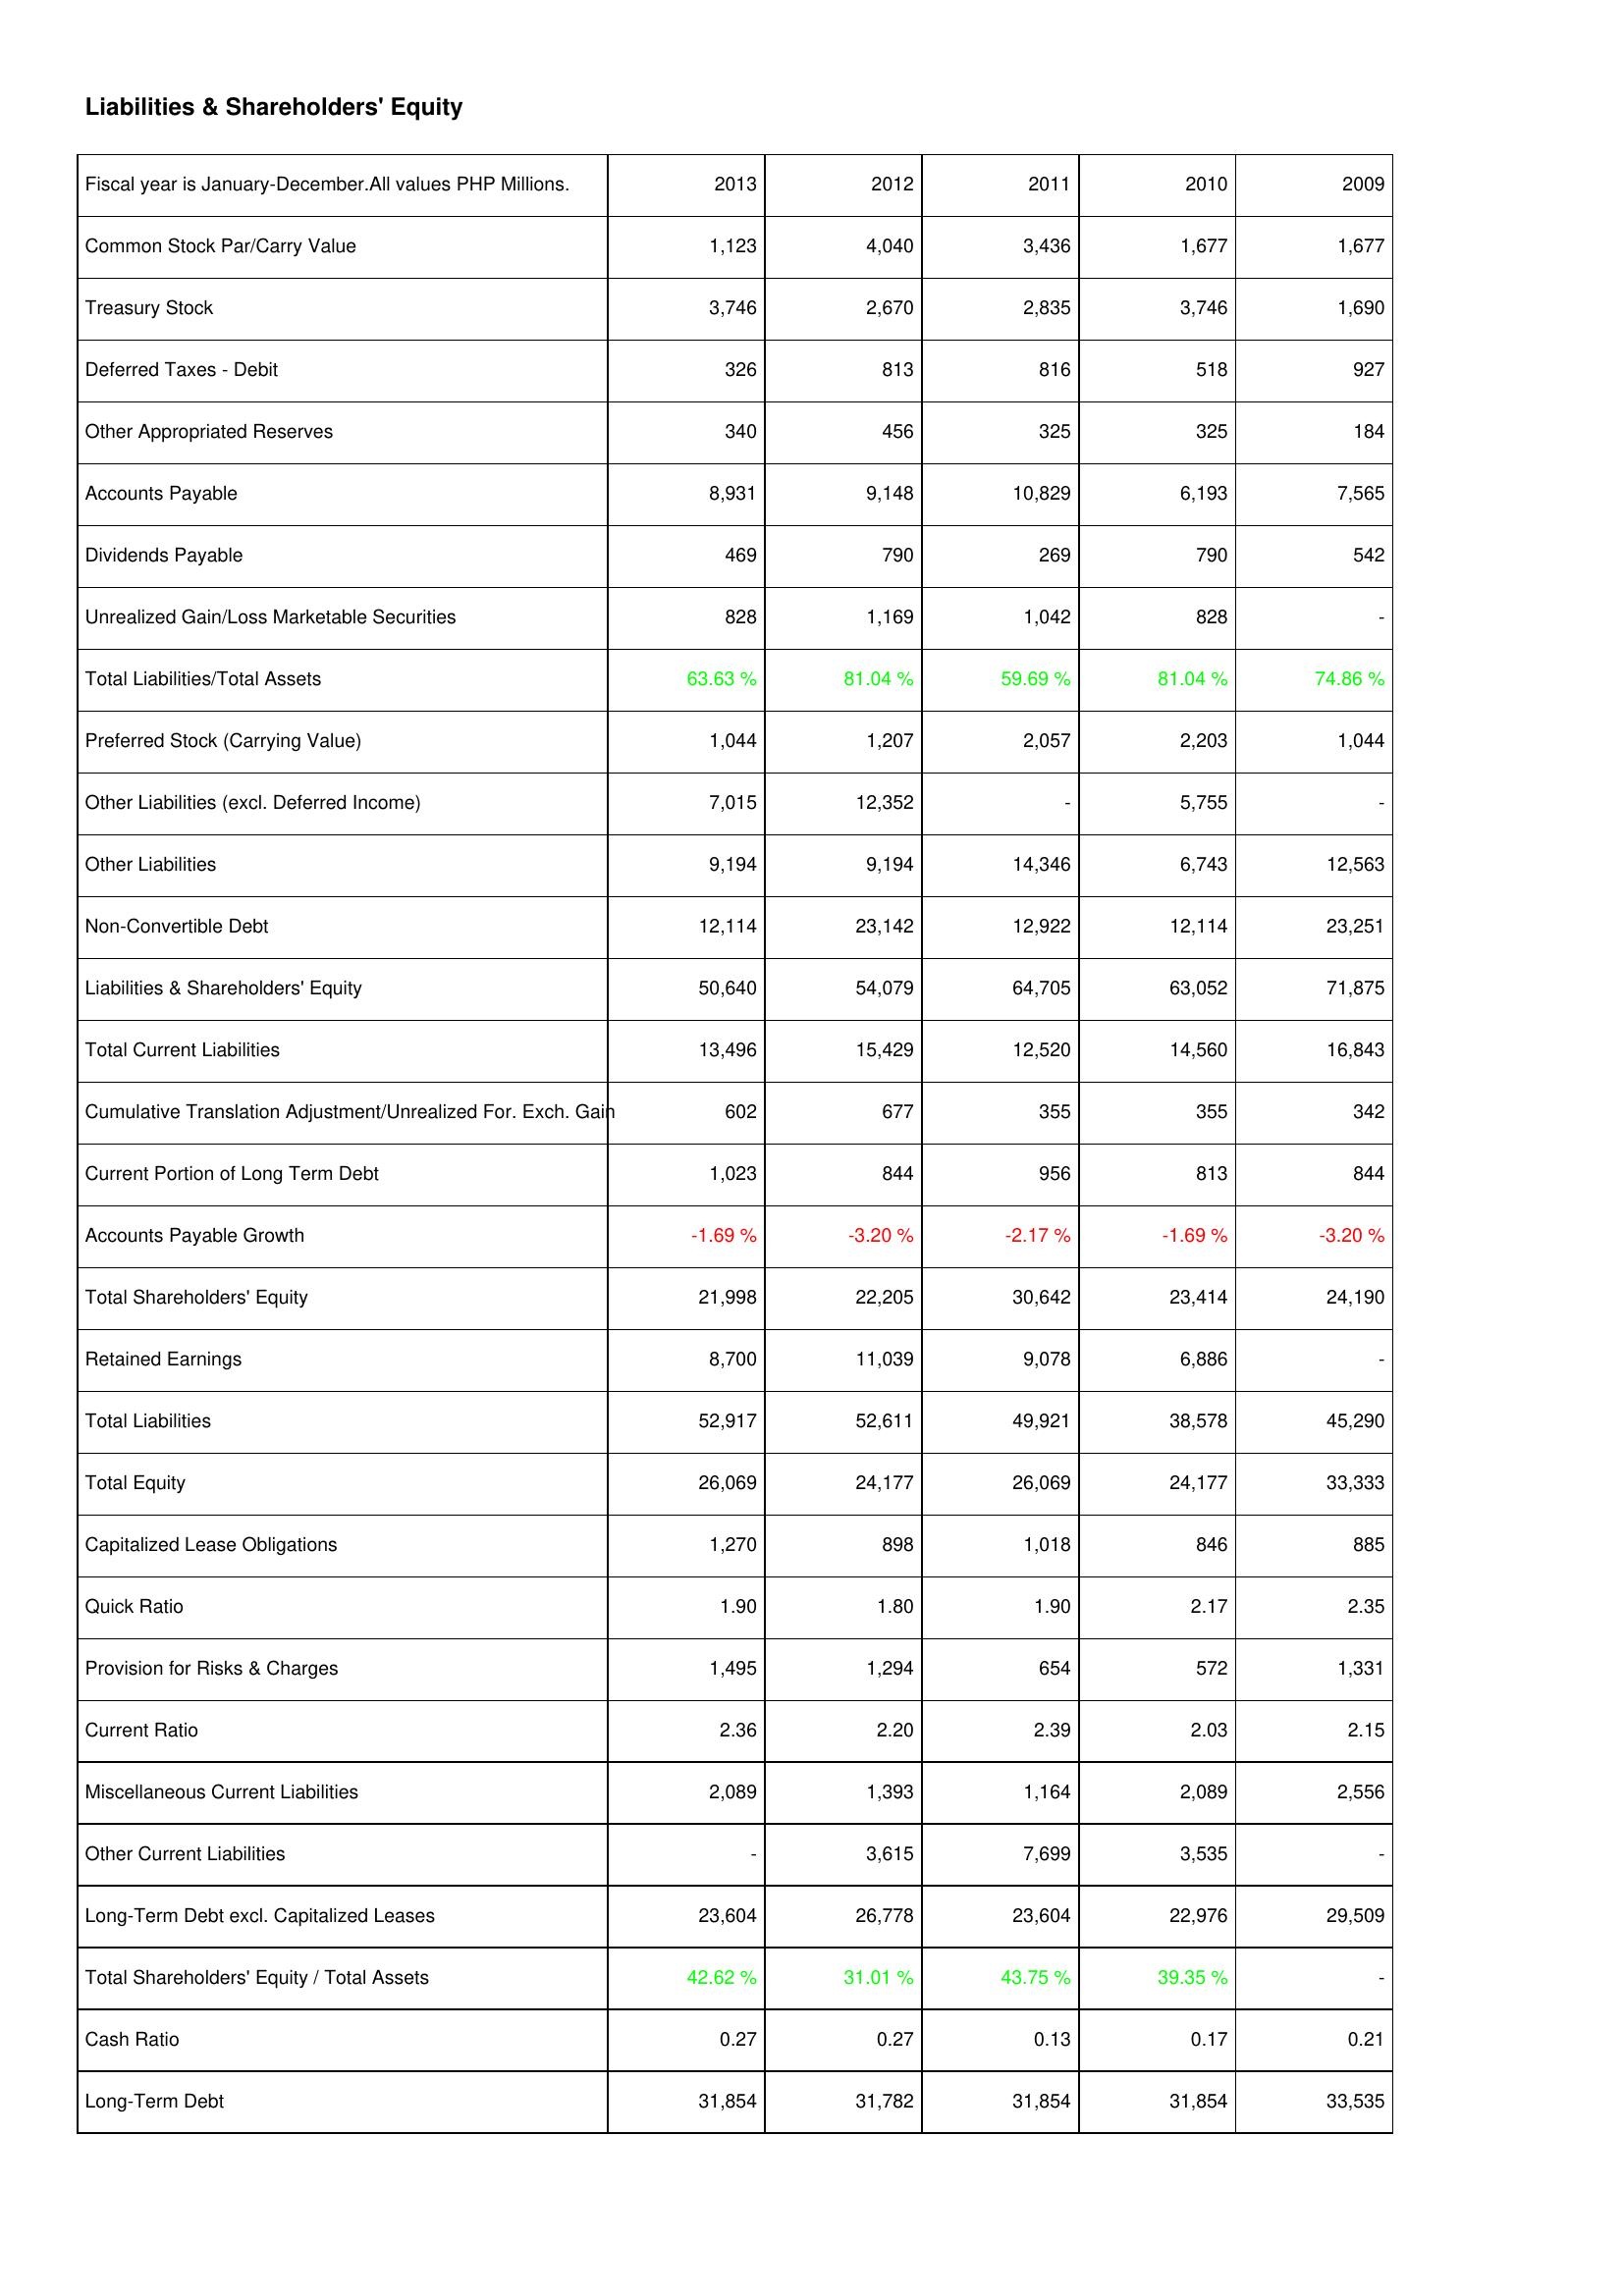
2013: Liabilities & Shareholders' Equity: Common Stock Par/Carry Value: 1,123
Treasury Stock: 3,746
Deferred Taxes - Debit: 326
Other Appropriated Reserves: 340
Accounts Payable: 8,931
Dividends Payable: 469
Unrealized Gain/Loss Marketable Securities: 828
Total Liabilities/Total Assets: 63.63 %
Preferred Stock (Carrying Value): 1,044
Other Liabilities (excl. Deferred Income): 7,015
Other Liabilities: 9,194
Non-Convertible Debt: 12,114
Liabilities & Shareholders' Equity: 50,640
Total Current Liabilities: 13,496
Cumulative Translation Adjustment/Unrealized For. Exch. Gain: 602
Current Portion of Long Term Debt: 1,023
Accounts Payable Growth: -1.69 %
Total Shareholders' Equity: 21,998
Retained Earnings: 8,700
Total Liabilities: 52,917
Total Equity: 26,069
Capitalized Lease Obligations: 1,270
Quick Ratio: 1.90
Provision for Risks & Charges: 1,495
Current Ratio: 2.36
Miscellaneous Current Liabilities: 2,089
Other Current Liabilities: -
Long-Term Debt excl. Capitalized Leases: 23,604
Total Shareholders' Equity / Total Assets: 42.62 %
Cash Ratio: 0.27
Long-Term Debt: 31,854
2012: Liabilities & Shareholders' Equity: Common Stock Par/Carry Value: 4,040
Treasury Stock: 2,670
Deferred Taxes - Debit: 813
Other Appropriated Reserves: 456
Accounts Payable: 9,148
Dividends Payable: 790
Unrealized Gain/Loss Marketable Securities: 1,169
Total Liabilities/Total Assets: 81.04 %
Preferred Stock (Carrying Value): 1,207
Other Liabilities (excl. Deferred Income): 12,352
Other Liabilities: 9,194
Non-Convertible Debt: 23,142
Liabilities & Shareholders' Equity: 54,079
Total Current Liabilities: 15,429
Cumulative Translation Adjustment/Unrealized For. Exch. Gain: 677
Current Portion of Long Term Debt: 844
Accounts Payable Growth: -3.20 %
Total Shareholders' Equity: 22,205
Retained Earnings: 11,039
Total Liabilities: 52,611
Total Equity: 24,177
Capitalized Lease Obligations: 898
Quick Ratio: 1.80
Provision for Risks & Charges: 1,294
Current Ratio: 2.20
Miscellaneous Current Liabilities: 1,393
Other Current Liabilities: 3,615
Long-Term Debt excl. Capitalized Leases: 26,778
Total Shareholders' Equity / Total Assets: 31.01 %
Cash Ratio: 0.27
Long-Term Debt: 31,782
2011: Liabilities & Shareholders' Equity: Common Stock Par/Carry Value: 3,436
Treasury Stock: 2,835
Deferred Taxes - Debit: 816
Other Appropriated Reserves: 325
Accounts Payable: 10,829
Dividends Payable: 269
Unrealized Gain/Loss Marketable Securities: 1,042
Total Liabilities/Total Assets: 59.69 %
Preferred Stock (Carrying Value): 2,057
Other Liabilities (excl. Deferred Income): -
Other Liabilities: 14,346
Non-Convertible Debt: 12,922
Liabilities & Shareholders' Equity: 64,705
Total Current Liabilities: 12,520
Cumulative Translation Adjustment/Unrealized For. Exch. Gain: 355
Current Portion of Long Term Debt: 956
Accounts Payable Growth: -2.17 %
Total Shareholders' Equity: 30,642
Retained Earnings: 9,078
Total Liabilities: 49,921
Total Equity: 26,069
Capitalized Lease Obligations: 1,018
Quick Ratio: 1.90
Provision for Risks & Charges: 654
Current Ratio: 2.39
Miscellaneous Current Liabilities: 1,164
Other Current Liabilities: 7,699
Long-Term Debt excl. Capitalized Leases: 23,604
Total Shareholders' Equity / Total Assets: 43.75 %
Cash Ratio: 0.13
Long-Term Debt: 31,854
2010: Liabilities & Shareholders' Equity: Common Stock Par/Carry Value: 1,677
Treasury Stock: 3,746
Deferred Taxes - Debit: 518
Other Appropriated Reserves: 325
Accounts Payable: 6,193
Dividends Payable: 790
Unrealized Gain/Loss Marketable Securities: 828
Total Liabilities/Total Assets: 81.04 %
Preferred Stock (Carrying Value): 2,203
Other Liabilities (excl. Deferred Income): 5,755
Other Liabilities: 6,743
Non-Convertible Debt: 12,114
Liabilities & Shareholders' Equity: 63,052
Total Current Liabilities: 14,560
Cumulative Translation Adjustment/Unrealized For. Exch. Gain: 355
Current Portion of Long Term Debt: 813
Accounts Payable Growth: -1.69 %
Total Shareholders' Equity: 23,414
Retained Earnings: 6,886
Total Liabilities: 38,578
Total Equity: 24,177
Capitalized Lease Obligations: 846
Quick Ratio: 2.17
Provision for Risks & Charges: 572
Current Ratio: 2.03
Miscellaneous Current Liabilities: 2,089
Other Current Liabilities: 3,535
Long-Term Debt excl. Capitalized Leases: 22,976
Total Shareholders' Equity / Total Assets: 39.35 %
Cash Ratio: 0.17
Long-Term Debt: 31,854
2009: Liabilities & Shareholders' Equity: Common Stock Par/Carry Value: 1,677
Treasury Stock: 1,690
Deferred Taxes - Debit: 927
Other Appropriated Reserves: 184
Accounts Payable: 7,565
Dividends Payable: 542
Unrealized Gain/Loss Marketable Securities: -
Total Liabilities/Total Assets: 74.86 %
Preferred Stock (Carrying Value): 1,044
Other Liabilities (excl. Deferred Income): -
Other Liabilities: 12,563
Non-Convertible Debt: 23,251
Liabilities & Shareholders' Equity: 71,875
Total Current Liabilities: 16,843
Cumulative Translation Adjustment/Unrealized For. Exch. Gain: 342
Current Portion of Long Term Debt: 844
Accounts Payable Growth: -3.20 %
Total Shareholders' Equity: 24,190
Retained Earnings: -
Total Liabilities: 45,290
Total Equity: 33,333
Capitalized Lease Obligations: 885
Quick Ratio: 2.35
Provision for Risks & Charges: 1,331
Current Ratio: 2.15
Miscellaneous Current Liabilities: 2,556
Other Current Liabilities: -
Long-Term Debt excl. Capitalized Leases: 29,509
Total Shareholders' Equity / Total Assets: -
Cash Ratio: 0.21
Long-Term Debt: 33,535